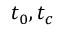
t _ { 0 } , t _ { c }